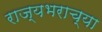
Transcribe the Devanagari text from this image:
राज्यभराच्या